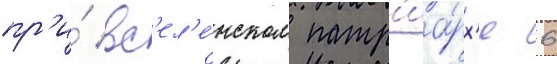
пр'и́ вс'ел'е́нском патр'иа́рх'е 6